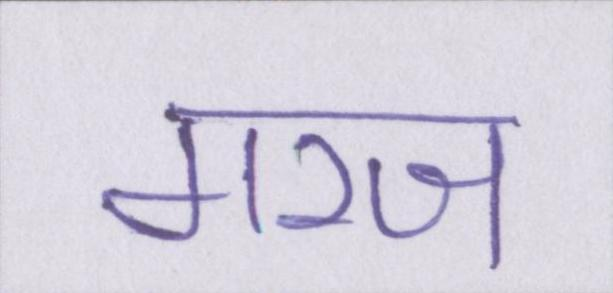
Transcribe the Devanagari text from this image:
गरज